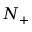
N _ { + }